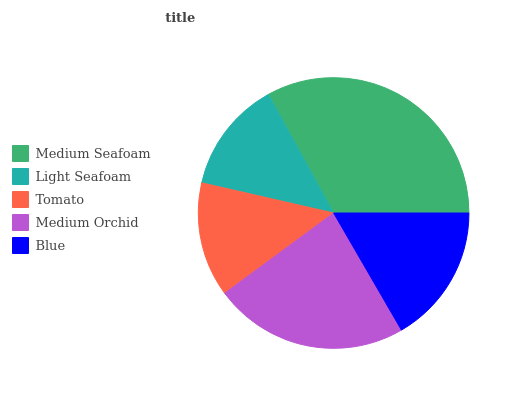
| Medium Seafoam | Light Seafoam | Tomato | Medium Orchid | Blue |
 | --- | --- | --- | --- | --- |
 | 33% | 13.4% | 13.7% | 23.2% | 16.7% |